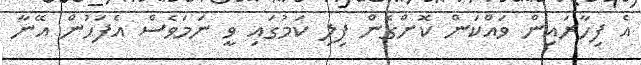
އެ ފިހާރައިން ވައްކަން ކޮށްގެން ފިލި ކަމުގައި ވީ ނަމަވެސް އެފަހުން އޭނާ